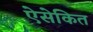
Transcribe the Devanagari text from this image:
ऐसेकित